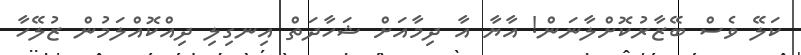
ކަލޭ ވެސް ބޭޒާރުކޮށްލާނަން! އާޔާ އާ ދިމާއަށް ޝަހާދަތް އިނގިލި ދިއްކޮއްލަމުން ޒުލޭހާ